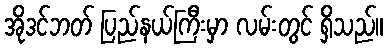
အိုဒင်ဘတ် ပြည်နယ်ကြီးမှာ လမ်းတွင် ရှိသည်။